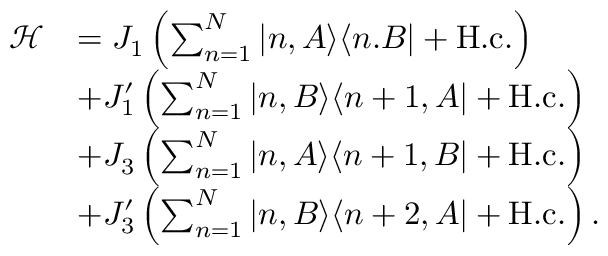
\begin{array} { r l } { \mathcal { H } } & { = J _ { 1 } \left( \sum _ { n = 1 } ^ { N } | n , A \rangle \langle n . B | + \mathrm { H . c . } \right) } \\ & { + J _ { 1 } ^ { \prime } \left( \sum _ { n = 1 } ^ { N } | n , B \rangle \langle n + 1 , A | + \mathrm { H . c . } \right) } \\ & { + J _ { 3 } \left( \sum _ { n = 1 } ^ { N } | n , A \rangle \langle n + 1 , B | + \mathrm { H . c . } \right) } \\ & { + J _ { 3 } ^ { \prime } \left( \sum _ { n = 1 } ^ { N } | n , B \rangle \langle n + 2 , A | + \mathrm { H . c . } \right) . } \end{array}